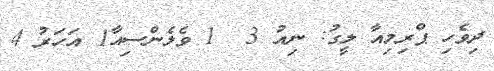
ދިވެހި ޕްރިމިއާ ލީގު: ނިއު 3  1 ވެލެންސިއާ1 އަހަރު 4